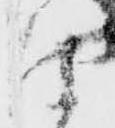
仕